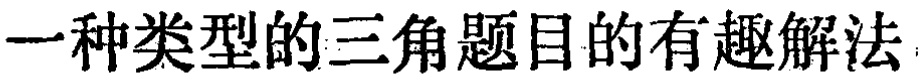
一种类型的三角题目的有趣解法